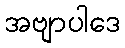
အဗျာပါဒေ